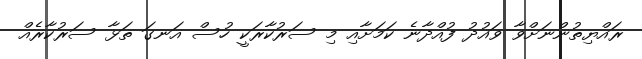
ރައްޔިތުންނަށްވާ ވައުދު ފުއްދާނެ ކަމަށާއި މި ސަރުކާރަކީ ހުސް އަނގަ ތަޅާ ސަރުކާރެއް